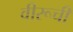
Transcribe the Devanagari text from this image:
वीरूची